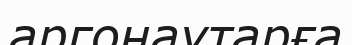
аргонаутарға